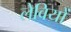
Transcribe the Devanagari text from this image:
लेवियों